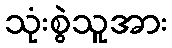
သုံးစွဲသူအား